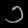
Digit: ၁